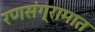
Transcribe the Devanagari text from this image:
रणसंग्रामात